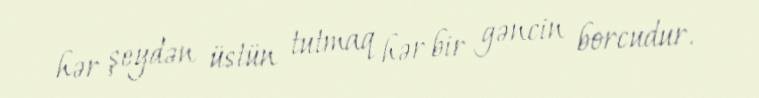
hər şeydən üstün tutmaq hər bir gəncin borcudur.